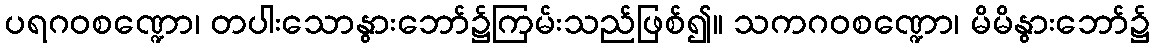
ပရဂဝစဏ္ဍော၊ တပါးသောနွားဘော်၌ကြမ်းသည်ဖြစ်၍။ သကဂဝစဏ္ဍော၊ မိမိနွားဘော်၌